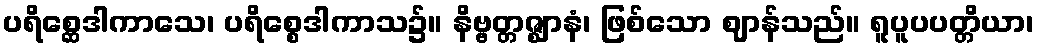
ပရိစ္ဆေဒါကာသေ၊ ပရိစ္စေဒါကာသ၌။ နိဗ္ဗတ္တဇ္ဈာနံ၊ ဖြစ်သော ဈာန်သည်။ ရူပူပပတ္တိယာ၊